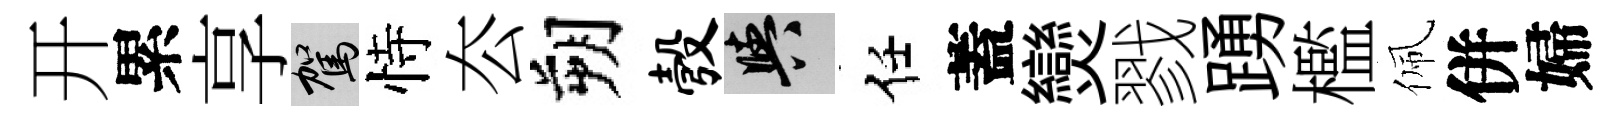
开累享駕恃厺朔彀阳任蓋𤓖戮踴檻佩併婦